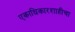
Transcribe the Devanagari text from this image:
एकाधिकारशाहीचा